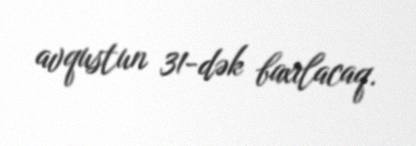
avqustun 31-dək baxılacaq.